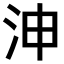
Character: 𣳑